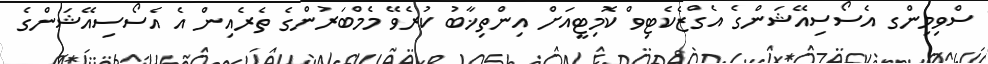
ސްވިމިންގ އެސޯސިއޭޝަންގެ އެގްޒެކެޓިވް ކޮމިޓީއަށް އިންތިޚާބު ކުރެވޭ މެމްބަރުންގެ ތެރެއިން އެ އެސޯސިއޭޝަންގެ